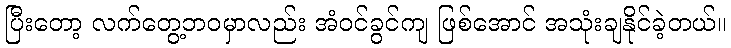
ပြီးတော့ လက်တွေ့ဘဝမှာလည်း အံဝင်ခွင်ကျ ဖြစ်အောင် အသုံးချနိုင်ခဲ့တယ်။